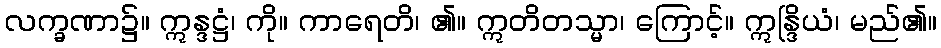
လက္ခဏာ၌။ ဣန္ဒဋ္ဌံ၊ ကို။ ကာရေတိ၊ ၏။ ဣတိတသ္မာ၊ ကြောင့်။ ဣန္ဒြိယံ၊ မည်၏။